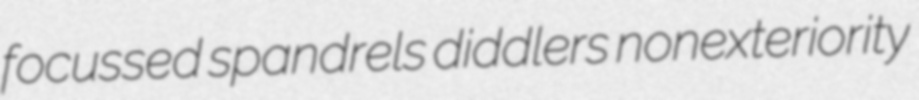
focussed spandrels diddlers nonexteriority